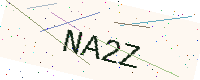
Text: NA2Z